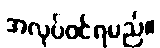
အလုပ်ဝင်ရမည်။